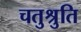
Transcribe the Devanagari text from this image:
चतुश्रुति